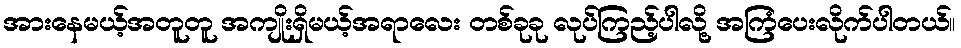
အားနေမယ့်အတူတူ အကျိုးရှိမယ့်အရာလေး တစ်ခုခု လုပ်ကြည့်ပါလို့ အကြံပေးလိုက်ပါတယ်။